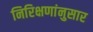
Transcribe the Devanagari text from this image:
निरिक्षणांनुसार